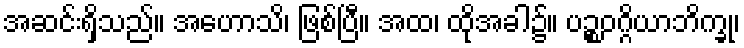
အဆင်းရှိသည်။ အဟောသိ၊ ဖြစ်ပြီ။ အထ၊ ထိုအခါ၌။ ပဉ္စဝဂ္ဂိယာဘိက္ခု၊